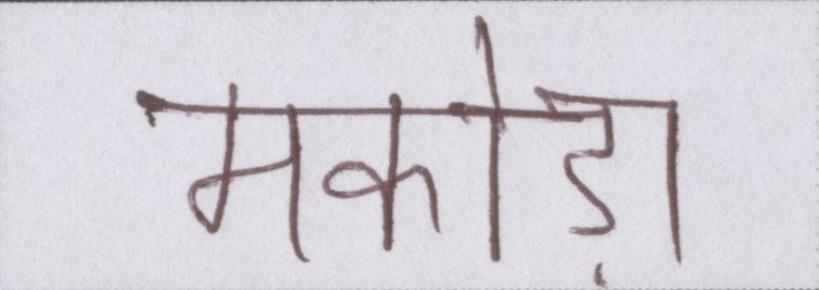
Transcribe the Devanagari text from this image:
मकोड़ा